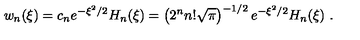
w _ { n } ( \xi ) = c _ { n } e ^ { - \xi ^ { 2 } / 2 } H _ { n } ( \xi ) = \left( 2 ^ { n } n ! \sqrt { \pi } \right) ^ { - 1 / 2 } e ^ { - \xi ^ { 2 } / 2 } H _ { n } ( \xi ) \ .